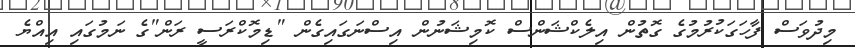
މިދުވަސް ފާހަގަކުރުމުގެ ގޮތުން އިލެކްޝަންސް ކޮމިޝަނުން އިސްނަގައިގެން "ޑިމޮކްރަސީ ރަން"ގެ ނަމުގައި އިއްޔެ